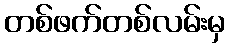
တစ်ဖက်တစ်လမ်းမှ